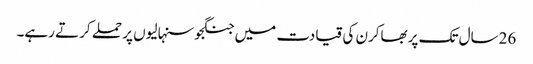
26سال تک پربھاکرن کی قیادت میں جنگجوسنہالیوں پر حملے کرتے رہے۔